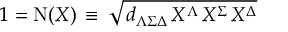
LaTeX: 1 = \mathrm { N } ( X ) \, \equiv \, \sqrt { \, d _ { \Lambda \Sigma \Delta } \, X ^ { \Lambda } \, X ^ { \Sigma } \, X ^ { \Delta } }